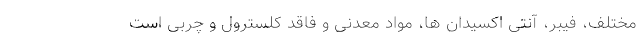
مختلف، فیبر، آنتی اکسیدان ها، مواد معدنی و فاقد کلسترول و چربی است